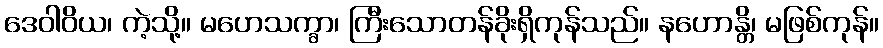
ဒေဝါဝိယ၊ ကဲ့သို့။ မဟေသက္ခာ၊ ကြီးသောတန်ခိုးရှိကုန်သည်။ နဟောန္တိ၊ မဖြစ်ကုန်။